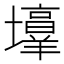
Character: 𪤯